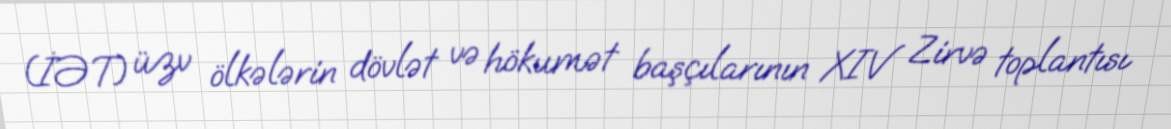
(İƏT) üzv ölkələrin dövlət və hökumət başçılarının XIV Zirvə toplantısı